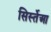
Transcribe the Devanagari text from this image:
सिर्स्तेआ